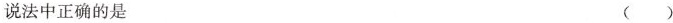
说法中正确的是 ()